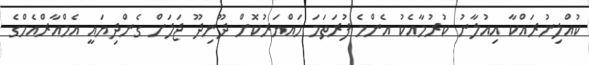
ކުއްލިނުރައްކާ އިއުލާނު ކުރުމާއެކު އެންމެ ފުރަތަމަ ހައްޔަރުކޮށް ދޫނިދޫ ޖަލަށް ގެންދިޔައީ އެމްއާރްއެމްގެ